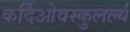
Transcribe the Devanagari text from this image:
कर्दिओवस्कुलर्ल्य